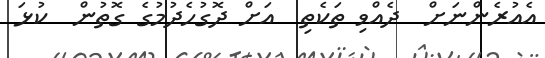
އެއުރެންނަށް  ދެއްވި ތަކެތި  އަށް ދޮގުހެދުމުގެ ގޮތުން  ކުޅަ